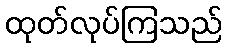
ထုတ်လုပ်ကြသည်